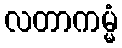
လတာကမ္မံ